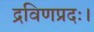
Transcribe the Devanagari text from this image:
द्रविणप्रदः।